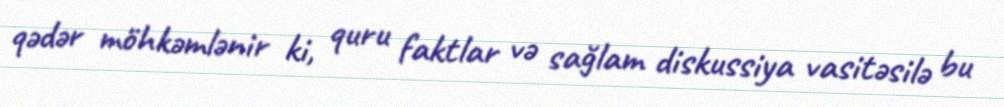
qədər möhkəmlənir ki, quru faktlar və sağlam diskussiya vasitəsilə bu